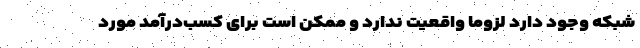
شبکه وجود دارد لزوما واقعیت ندارد و ممکن است برای کسب‌درآمد مورد